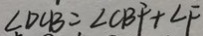
\angle D C B = \angle C B F ^ { 2 } + \angle F